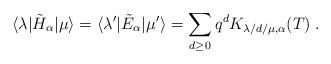
LaTeX: \begin{align*}\langle \lambda |\tilde{H}_{\alpha }|\mu \rangle =\langle \lambda ^{\prime }|\tilde{E}_{\alpha }|\mu ^{\prime }\rangle =\sum_{d\geq 0}q^{d}K_{\lambda/d/\mu ,\alpha }(T)\;.\end{align*}